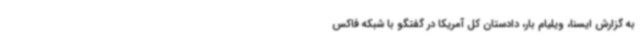
به گزارش ایسنا، ویلیام بار، دادستان کل آمریکا در گفتگو با شبکه فاکس